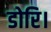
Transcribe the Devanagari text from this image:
डोरि।